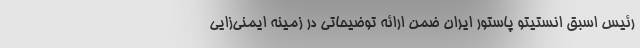
رئیس اسبق انستیتو پاستور ایران ضمن ارائه توضیحاتی در زمینه ایمنی‌زایی